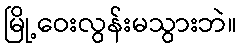
မြို့ဝေးလွန်းမသွားဘဲ။